Scientific memoirs by medical officers of the Army of India - Part V,
Year: 1890
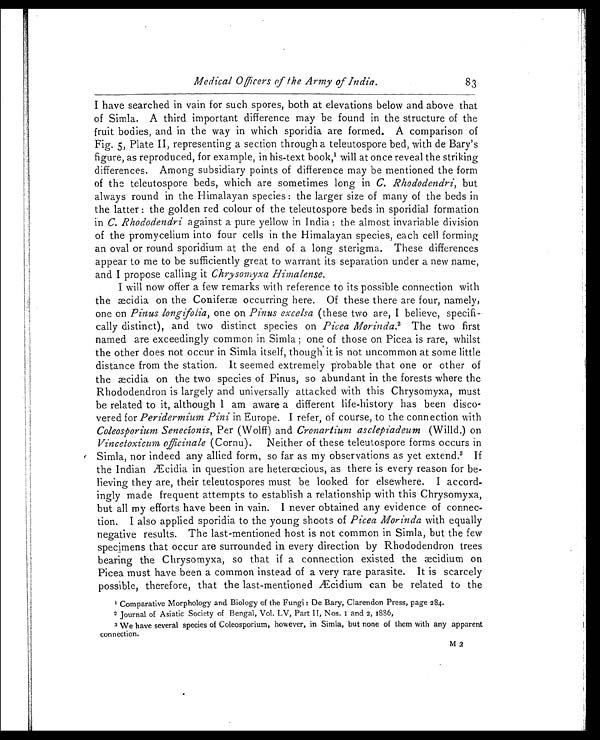
Medical Officers of the Army of India.
83
I have searched in vain for such spores, both at elevations below and above that
of Simla. A third important difference may be found in the structure of the
fruit bodies, and in the way in which sporidia are formed. A comparison of
Fig. 5, Plate II, representing a section through a teleutospore bed, with de Bary's
figure, as reproduced, for example, in his-text book,1 w i l l a t o n c e r e v e a l t h e s t r i k i n g
differences. Among subsidiary points of difference may be mentioned the form
of the teleutospore beds, which are sometimes long in C. Rhododendri, but
always round in the Himalayan species: the larger size of many of the beds in
the latter: the golden red colour of the teleutospore beds in sporidial formation
in C. Rhododendri against a pure yellow in India: the almost invariable division
of the promycelium into four cells in the Himalayan species, each cell forming
an oval or round sporidium at the end of a long sterigma. These differences
appear to me to be sufficiently great to warrant its separation under a new name,
and I propose calling it Chrysomyxa Himalense.
I will now offer a few remarks with reference to its possible connection with
the æcidia on the Coniferæ occurring here. Of these there are four, namely,
one on Pinus longifolia, one on Pinus excelsa (these two are, I believe, specifi
- c a l l y d i s t i n c t ) , a n d t w o d i s t i n c t s p e c i e s o nP
i c e a M o r i n d a .
2 T h e t w o f i r s t
named are exceedingly common in Simla; one of those on Picea is rare, whilst
the other does not occur in Simla itself, though it is not uncommon at some little
distance from the station. It seemed extremely probable that one or other of
the aecidia on the two species of Pinus, so abundant in the forests where the
Rhododendron is largely and universally attacked with this Chrysomyxa, must
be related to it, although I am aware a different life-history has been disco
- v e r e d f o r
P e r i d e r m i u m P i n i
i n E u r o p e . I r e f e r , o f c o u r s e , t o t h e c o n n e c t i o n w i t h
Coleosporium Senecíonis, Per (Wolff) and Cronartium asclepiadeum (Willd.) on
Vincetoxicum officinale (Cornu). Neither of these teleutospore forms occurs in
Simla, nor indeed any allied form, so far as my observations as yet extend. 3 If
the Indian Æcidia in question are heterœcious, as there is every reason for be
- lieving they are, their teleutospores must be looked for elsewhere. I accord
- i n g l y m a d e f r e q u e n t a t t e m p t s t o e s t a b l i s h a r e l a t i o n s h i p w i t h t h i s C h r y s o m y x a ,
but all my efforts have been in vain. I never obtained any evidence of connec
- tion. I also applied sporidia to the young shoots of Picea Morinda with equally
negative results. The last-mentioned host is not common in Simla, but the few
specimens that occur are surrounded in every direction by Rhododendron trees
bearing the Chrysomyxa, so that if a connection existed the æcidium on
Picea must have been a common instead of a very rare parasite. It is scarcely
possible, therefore, that the last-mentioned Æcidium can be related to the
1 Comparative Morphology and Biology of the Fungi: De Bary, Clarendon Press, page 284.
2 Journal of Asiatic Society of Bengal, Vol. LV, Part II, Nos. 1 and 2, 1886,
3 We have several species of Coleosporium, however, in Simla, but none of them with any apparent
connection.
M2